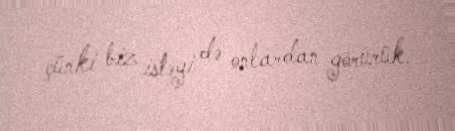
çünki biz istəyi də onlardan görürük.